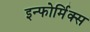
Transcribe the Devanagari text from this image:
इन्फोर्मिक्स